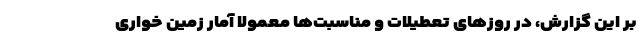
بر این گزارش، در روز‌های تعطیلات و مناسبت‌ها معمولا آمار زمین خواری